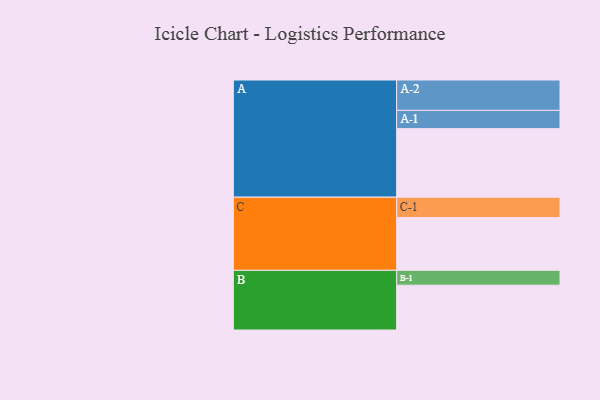
{"axis": {"x": "Segment", "y": "Value"}, "legend": ["", "A", "B", "C"], "data": [{"x": "A", "y": 555, "type": ""}, {"x": "B", "y": 363, "type": ""}, {"x": "C", "y": 427, "type": ""}, {"x": "A-1", "y": 148, "type": "A"}, {"x": "A-2", "y": 246, "type": "A"}, {"x": "B-1", "y": 120, "type": "B"}, {"x": "C-1", "y": 165, "type": "C"}]}